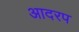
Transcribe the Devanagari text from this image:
आदरप